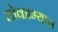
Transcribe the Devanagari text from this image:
लोकाभ्यास